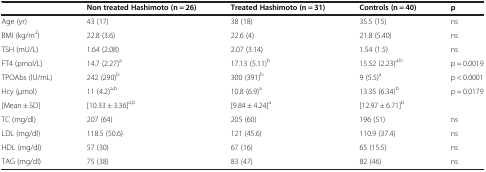
|  | Non treated Hashimoto (n = 26) | Treated Hashimoto (n = 31) | Controls (n = 40) | p |
 | --- | --- | --- | --- | --- |
 | Age (yr) | 43 (17) | 38 (18) | 35.5 (15) | ns |
 | BMI (kg/m2) | 22.8 (3.6) | 22.6 (4) | 21.8 (5.40) | ns |
 | TSH (mU/L) | 1.64 (2.08) | 2.07 (3.14) | 1.54 (1.5) | ns |
 | FT4 (pmol/L) | 14.7 (2.27)a | 17.13 (5.11)b | 15.52 (2.23)a,b | p = 0.0019 |
 | TPOAbs (IU/mL) | 242 (290)b | 300 (391)b | 9 (5.5)a | p < 0.0001 |
 | Hcy (μmol) | 11 (4.2)a,b | 10.8 (6.9)a | 13.35 (6.34)b | p = 0.0179 |
 | [Mean ± SD] | [10.33 ± 3.36]a,b | [9.84 ± 4.24]a | [12.97 ± 6.71]b |  |
 | TC (mg/dl) | 207 (64) | 205 (60) | 196 (51) | ns |
 | LDL (mg/dl) | 118.5 (50.6) | 121 (45.6) | 110.9 (37.4) | ns |
 | HDL (mg/dl) | 57 (30) | 67 (16) | 65 (15.5) | ns |
 | TAG (mg/dl) | 75 (38) | 83 (47) | 82 (46) | ns |